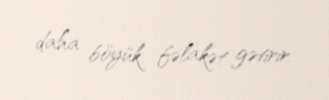
daha böyük fəlakət gətirir.